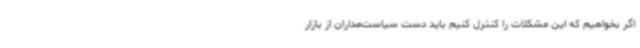
اگر بخواهیم که این مشکلات را کنترل کنیم باید دست سیاست‌مداران از بازار